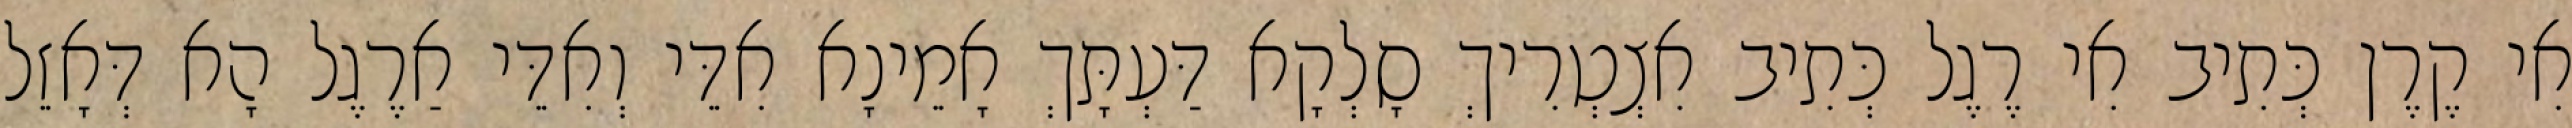
אִי קֶרֶן כְּתִיב אִי רֶגֶל כְּתִיב אִצְטְרִיךְ סָלְקָא דַּעְתָּךְ אָמֵינָא אִדֵּי וְאִדֵּי אַרֶגֶל הָא דְּאָזֵל